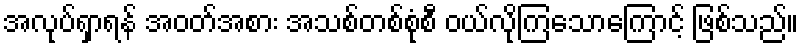
အလုပ်ရှာရန် အဝတ်အစား အသစ်တစ်စုံစီ ဝယ်လိုကြသောကြောင့် ဖြစ်သည်။